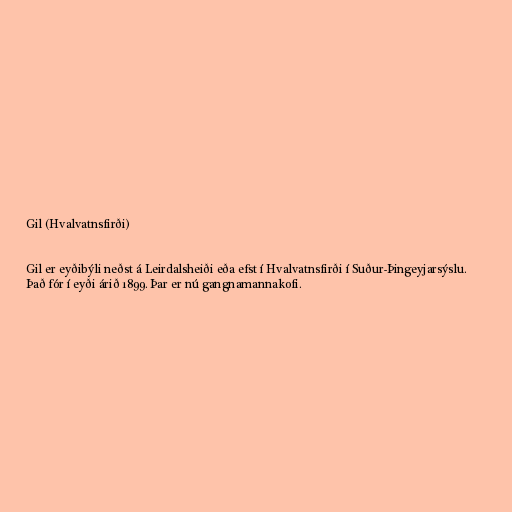
Gil (Hvalvatnsfirði)

Gil er eyðibýli neðst á Leirdalsheiði eða efst í Hvalvatnsfirði í Suður-Þingeyjarsýslu.
Það fór í eyði árið 1899. Þar er nú gangnamannakofi.